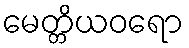
မေတ္တိယဝရော